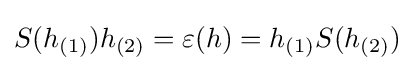
S(h_{(1)})h_{(2)}=\varepsilon (h)=h_{(1)}S(h_{(2)})